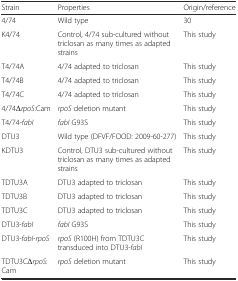
<table><thead><tr><td><b>Strain</b></td><td><b>Properties</b></td><td><b>Origin/reference</b></td></tr></thead><tbody><tr><td>4/74</td><td>Wild type</td><td>30</td></tr><tr><td>K4/74</td><td>Control, 4/74 sub-cultured without triclosan as many times as adapted strains</td><td>This study</td></tr><tr><td>T4/74A</td><td>4/74 adapted to triclosan</td><td>This study</td></tr><tr><td>T4/74B</td><td>4/74 adapted to triclosan</td><td>This study</td></tr><tr><td>T4/74C</td><td>4/74 adapted to triclosan</td><td>This study</td></tr><tr><td>4/74Δ<i>rpoS</i>:Cam</td><td><i>rpoS</i> deletion mutant</td><td>This study</td></tr><tr><td>T4/74-<i>fabI</i></td><td><i>fabI</i> G93S</td><td>This study</td></tr><tr><td>DTU3</td><td>Wild type (DFVF/FOOD: 2009-60-277)</td><td>This study</td></tr><tr><td>KDTU3</td><td>Control, DTU3 sub-cultured without triclosan as many times as adapted strains</td><td>This study</td></tr><tr><td>TDTU3A</td><td>DTU3 adapted to triclosan</td><td>This study</td></tr><tr><td>TDTU3B</td><td>DTU3 adapted to triclosan</td><td>This study</td></tr><tr><td>TDTU3C</td><td>DTU3 adapted to triclosan</td><td>This study</td></tr><tr><td>DTU3-<i>fabI</i></td><td><i>fabI</i> G93S</td><td>This study</td></tr><tr><td>DTU3-<i>fabI</i>-<i>rpoS</i></td><td><i>rpoS</i> (R100H) from TDTU3C transduced into DTU3-<i>fabI</i></td><td>This study</td></tr><tr><td>TDTU3CΔ<i>rpoS</i>:Cam</td><td><i>rpoS</i> deletion mutant</td><td>This study</td></tr></tbody></table>